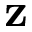
\mathbf { z }